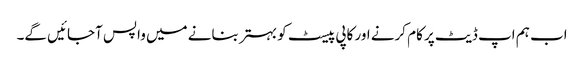
اب ہم اپ ڈیٹ پر کام کرنے اور کاپی پیسٹ کو بہتر بنانے میں واپس آجائیں گے۔